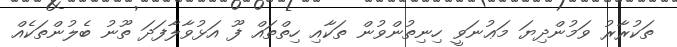
ތަކުރާރު ވަމުންދިޔަ މަޢުނަވީ ހިނިތުންވުން ތަކާއި ހިތްތައް ފޫ އަޅުވާލާފަދަ ތޫނު ބެލުންތަކެއް